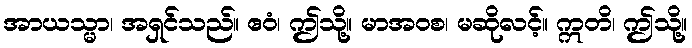
အာယသ္မာ၊ အရှင်သည်။ ဧဝံ၊ ဤသို့။ မာအဝစ၊ မဆိုလင့်။ ဣတိ၊ ဤသို့။